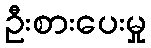
ဦးစားပေးမှု